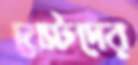
বেস্টদের